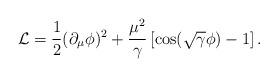
LaTeX: \begin{align*}{\cal {L}}=\frac{1}{2}(\partial _{\mu }\phi )^{2}+\frac{\mu ^{2}}{\gamma }\left[ \cos (\sqrt{\gamma }\phi )-1\right] .\end{align*}